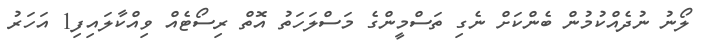
ލޯނު ނުދެއްކުމުން ބެންކަށް ނެގި ތަސްމީންގެ މަސްލަހަތު އޮތް ރިސޯޓެއް ވިއްކާލައިފި1 އަހަރު